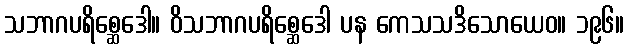
သဘာဂပရိစ္ဆေဒေါ။ ဝိသဘာဂပရိစ္ဆေဒေါ ပန ကေသသဒိသောယေဝ။ ၁၉၆။